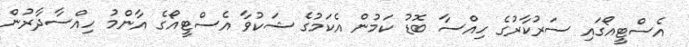
އެސްޓީއޯގައި ސަރުކާރުގެ ހިއްސާ ބޮޑު ކަމުން އެކަމުގެ ޝަކުވާ އެސްޓީއޯގެ އާންމު ހިއްސާދާރުން